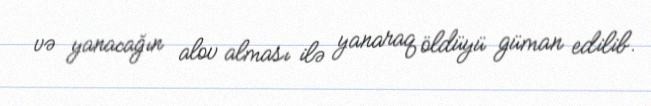
və yanacağın alov alması ilə yanaraq öldüyü güman edilib.